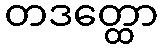
တဒတ္ထော